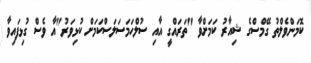
ކޮމަންވެލްތު ގޭމްސްގެ ޝިއާރު ކަމަށްވާ "ތަރައްގީ އާއި ސުލްހަމަސަލަސްކަމަށް ކުޅިވަރު"އާ ވެސް ގުޅިފައިވާ